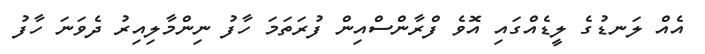
އެއް ލަނޑުގެ ލީޑެއްގައި އޮވެ ފްރާންސްއިން ފުރަތަމަ ހާފު ނިންމާލިއިރު ދެވަނަ ހާފު